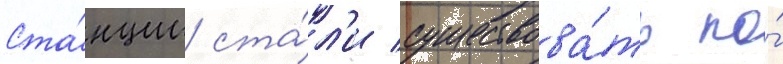
Ста́нции ста́л'и существова́ть по́